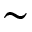
\sim